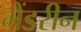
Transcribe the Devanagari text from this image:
मैंडरीन